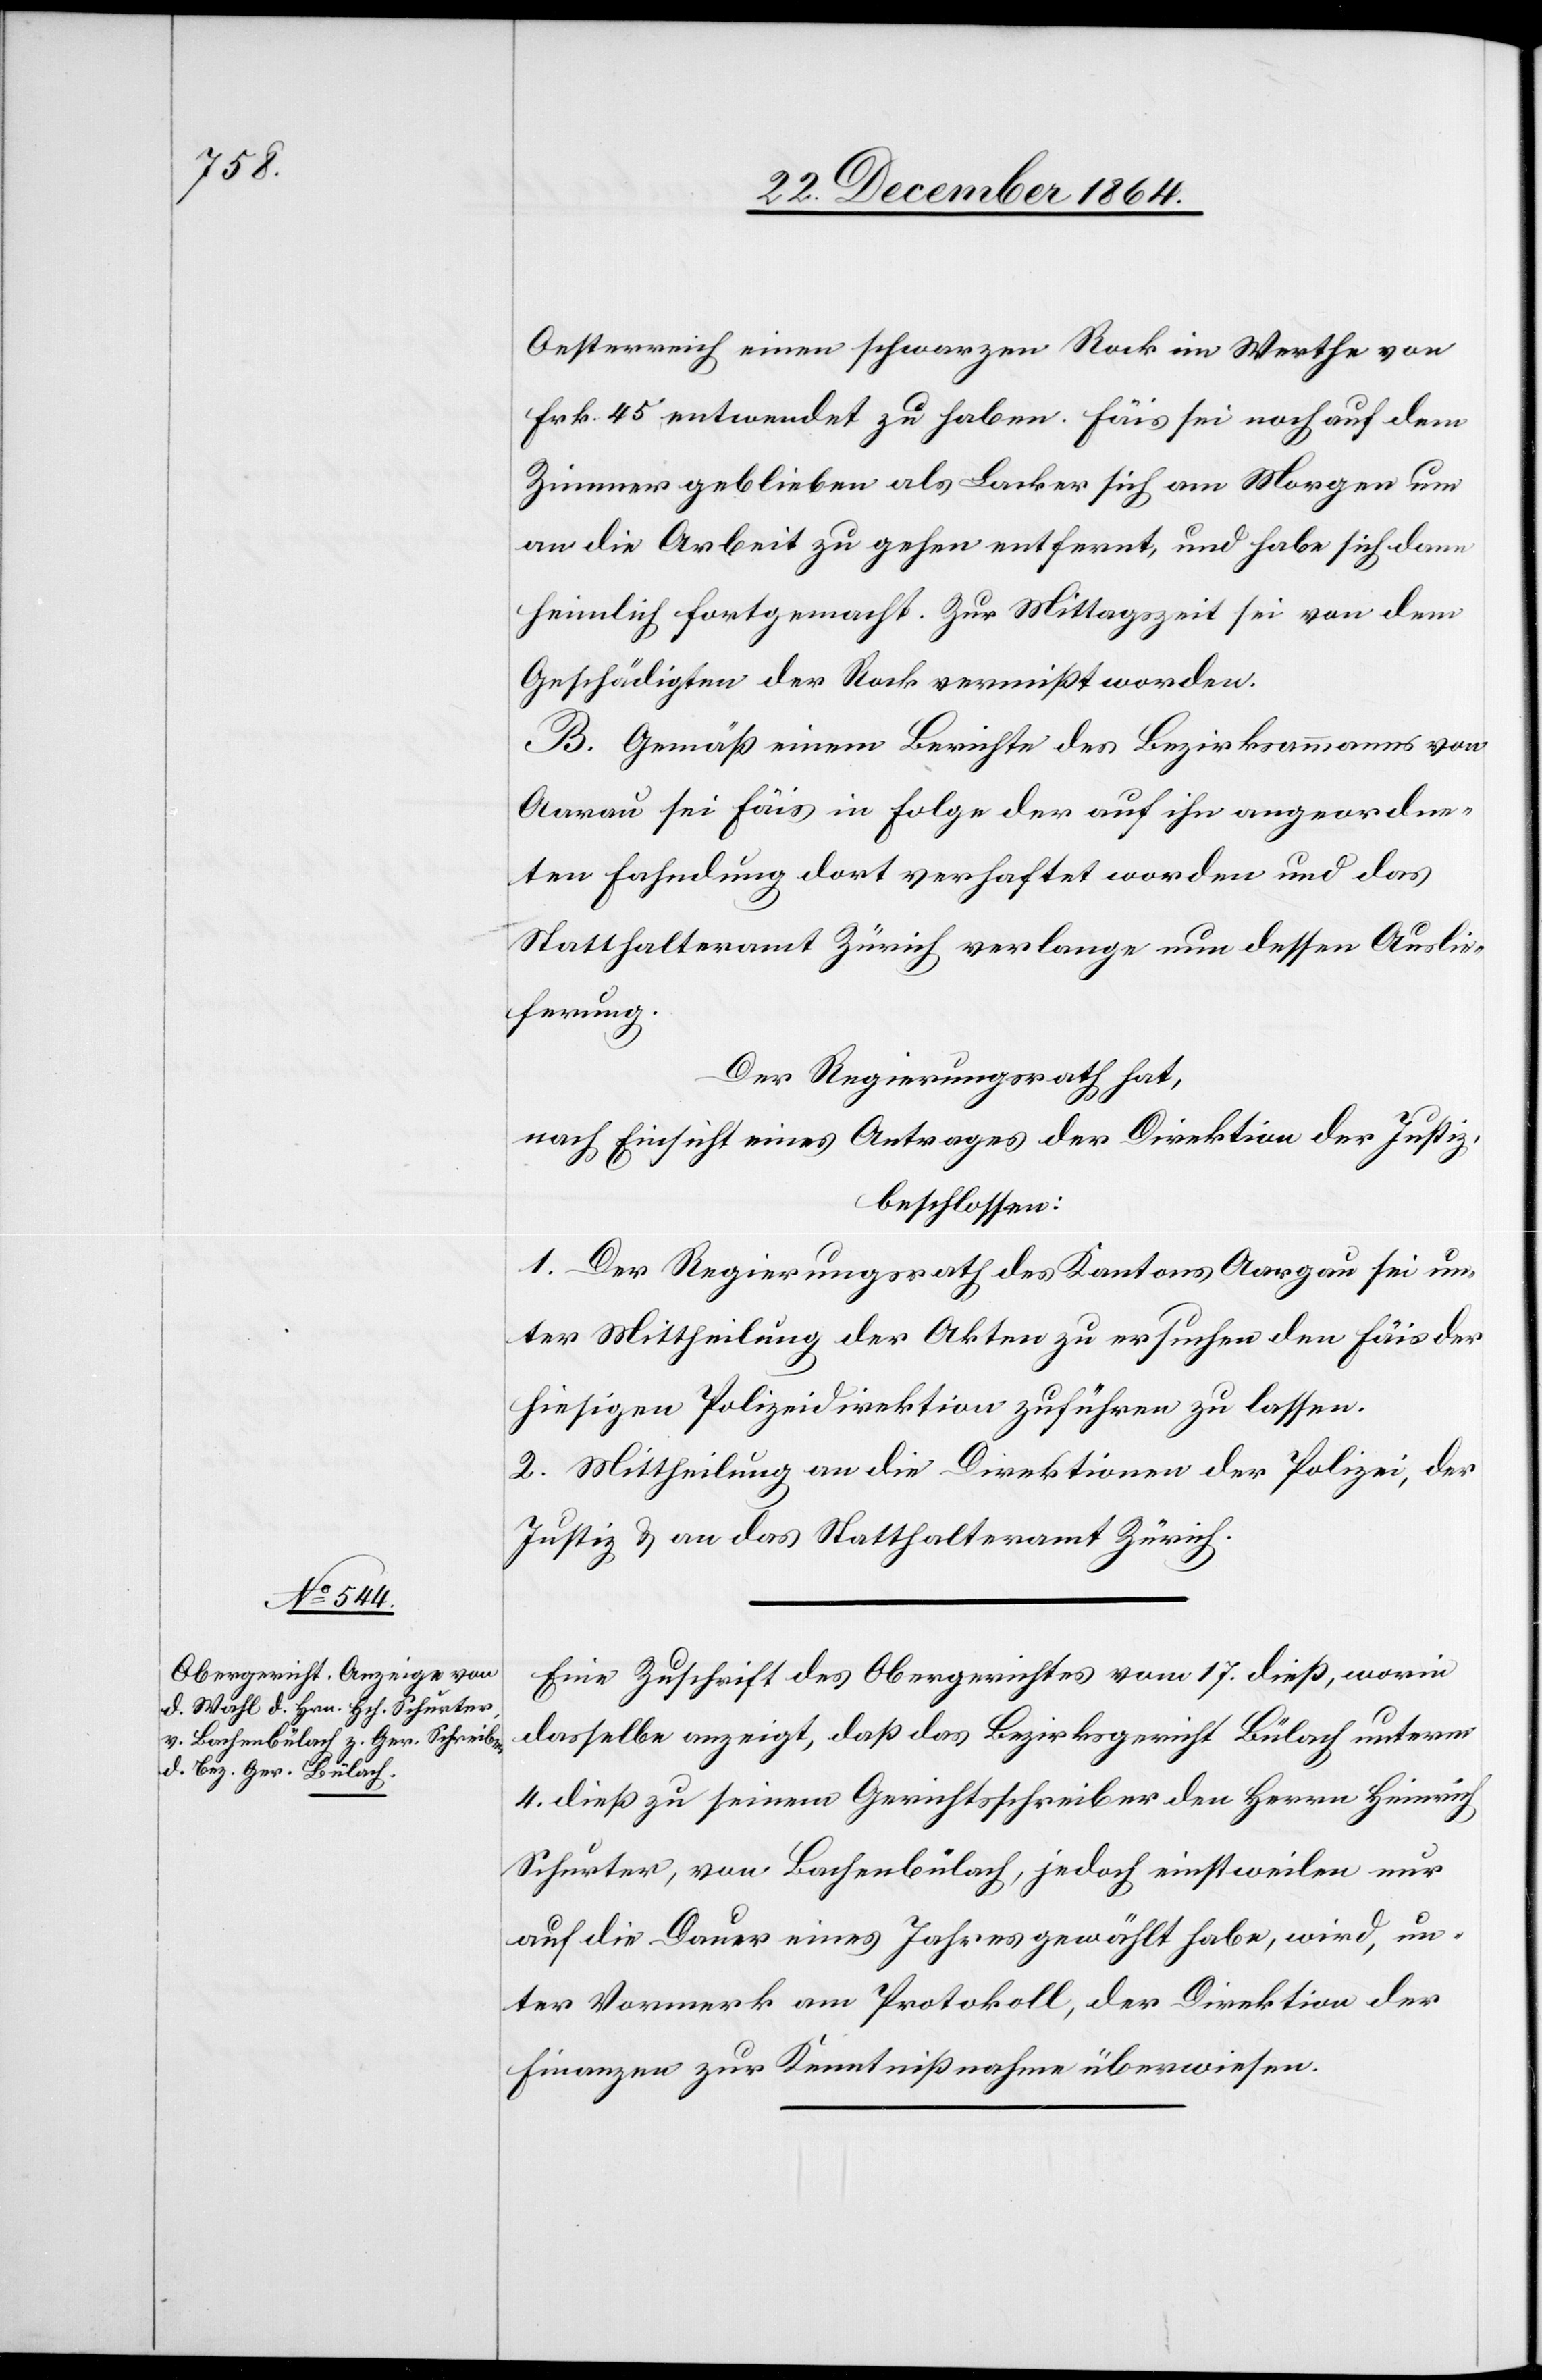
Oesterreich einen schwarzen Rock im Werthe von
Frk. 45 entwendet zu haben. Fäis sei noch auf dem
Zimmer gebliebenen als Lacker sich am Morgen um
an die Arbeit zu gehen entfernt, und habe sich dann
heimlich fortgemacht. Zur Mittagszeit sei von dem
Geschädigten der Rock vermißt worden.
B. Gemäß einem Berichte des Bezirksammanns von
Aarau sei Fäis in Folge der auf ihn angeordne¬
ten Fahndung dort verhaftet worden und das
Statthalteramt Zürich verlange nun dessen Auslie¬
ferung.
Der Regierungsrath hat,
nach Einsicht eines Antrages der Direktion der Justiz,
beschlossen:
1. Der Regierungsrath des Kantons Aargau sei un¬
ter Mittheilung der Akten zu ersuchen den Fäis der
hiesigen Polizeidirektion zuführen zu lassen.
2. Mittheilung an die Direktionen der Polizei, der
Justiz & an das Statthalteramt Zürich.
Eine Zuschrift des Obergerichtes vom 17. dieß, worin
dasselbe anzeigt, daß das Bezirksgericht Bülach unterm
4. dieß zu seinem Gerichtsschreiber den Herrn Heinrich
Schurter, von Bachenbülach, jedoch einstweilen nur
auf die Dauer eines Jahres gewählt habe, wird, un¬
ter Vormerk am Protokoll, der Direktion der
Finanzen zur Kenntnißnahme überwiesen.